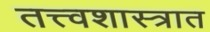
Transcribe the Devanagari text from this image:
तत्त्वशास्त्रात